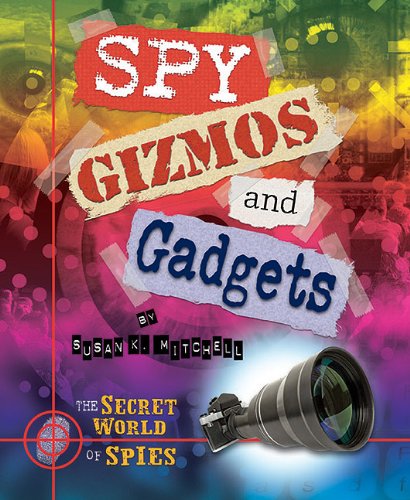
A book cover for Spy Gizmos and Gadgets (Secret World of Spies); Susan K. Mitchell; Children's Books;